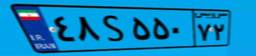
۰۲S۰۱۳۸۱